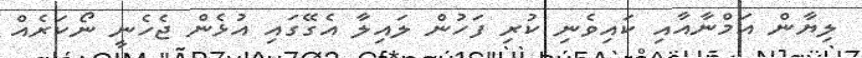
ލިޔާން އަމްނާއާއި ކައިވެނި ކުރި ފަހުން ލައިލާ އެގޭގައި އުޅެން ޖެހެނީ ނޯކަރެއް